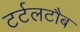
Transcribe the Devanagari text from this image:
टर्टलटौब